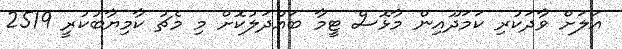
އަލަށް ވާދަކުރި ކަމަދޫއިން މާޅޮސް ޓީމާ ބައްދަލުކޮށް މި މެޗު ކާމިޔާބުކުރީ 2519